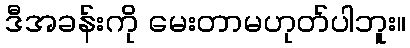
ဒီအခန်းကို မေးတာမဟုတ်ပါဘူး။